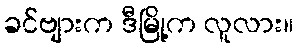
ခင်ဗျားက ဒီမြို့က လူလား။